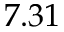
7 . 3 1